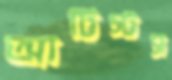
আর্টিস্টস